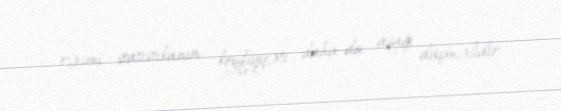
rəsmi statistikanın keyfiyyəti daha da aşağı düşməlidir.